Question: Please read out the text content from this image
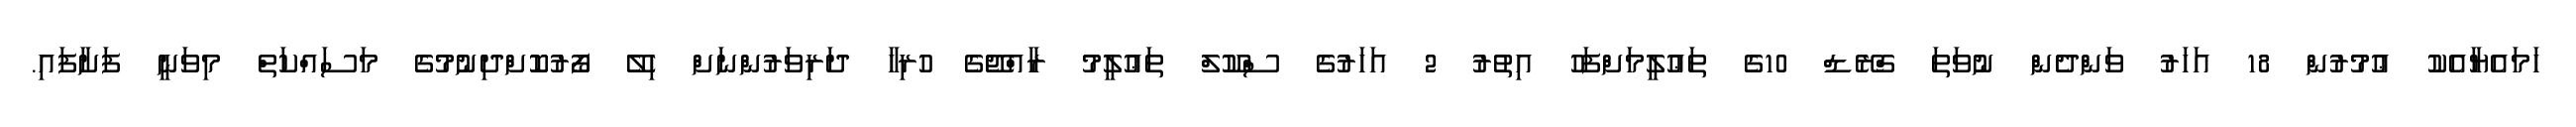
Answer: ހަމައެޔާއެކު ޢުމުރުން 18 އަހަރު ވަންދެން ނުވަތަ ގްރޭޑް 10ގެ ތަޢުލީމަށްފަހު އިތުރު 2 އަހަރުގެ ސްކޫލް ތަޢުލީމު ރާއްޖޭގެ ހުރިހާ ދަރިވަރުންނަށް ހިލޭ ފޯރުކޮށްދިނުމުގެ މަސައްކަތް މިވަނީ ފަށާފައި.